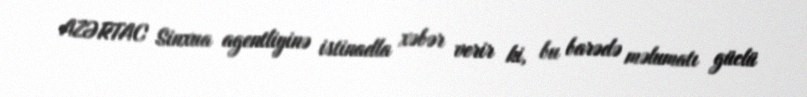
AZƏRTAC Sinxua agentliyinə istinadla xəbər verir ki, bu barədə məlumatı güclü